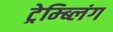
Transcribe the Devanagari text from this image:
ट्रेम्ब्लिंग